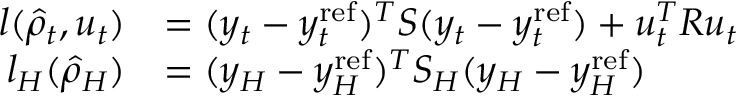
\begin{array} { r l } { l ( \hat { \rho } _ { t } , u _ { t } ) } & { = ( y _ { t } - y _ { t } ^ { \mathrm { r e f } } ) ^ { T } S ( y _ { t } - y _ { t } ^ { \mathrm { r e f } } ) + u _ { t } ^ { T } R u _ { t } } \\ { l _ { H } ( \hat { \rho } _ { H } ) } & { = ( y _ { H } - y _ { H } ^ { \mathrm { r e f } } ) ^ { T } S _ { H } ( y _ { H } - y _ { H } ^ { \mathrm { r e f } } ) } \end{array}